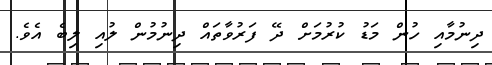
ދިނުމާއި ހުން މަޑު ކުރުމަށް ދޭ ފަރުވާތައް ދިނުމުން ލުއި ލިބެ އެވެ.